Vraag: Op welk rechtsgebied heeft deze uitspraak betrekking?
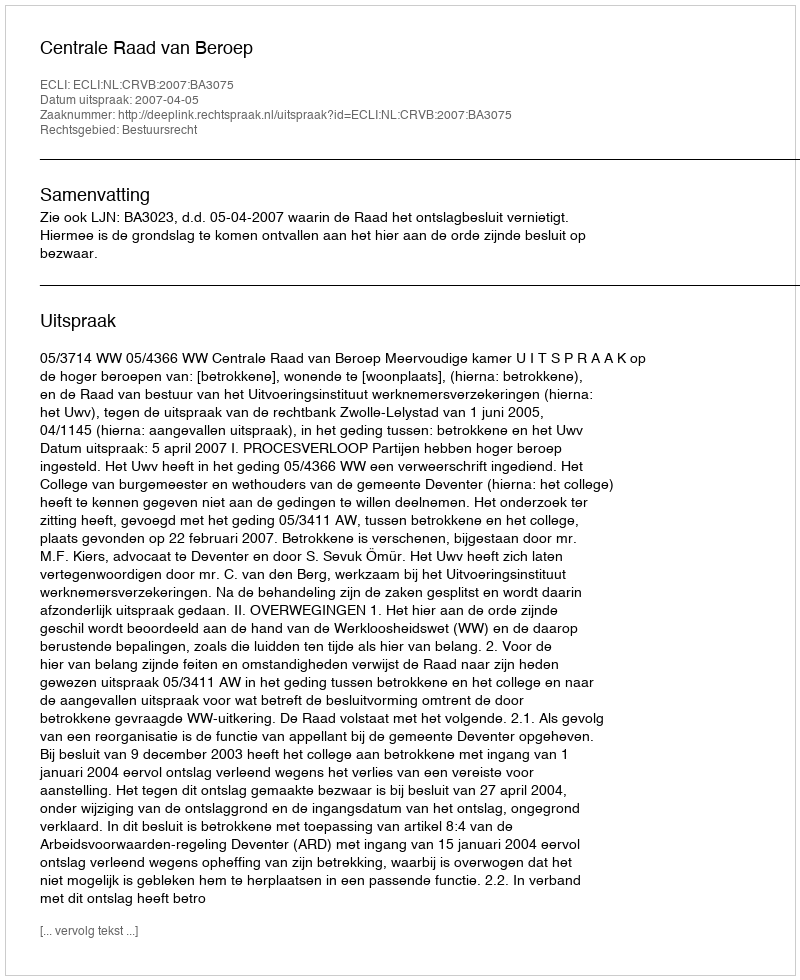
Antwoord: Bestuursrecht